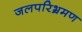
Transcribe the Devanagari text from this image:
जलपरिभ्रमण